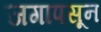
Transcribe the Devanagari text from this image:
जगापसून